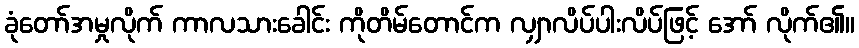
ခုံတော်အမှုလိုက် ကာလသားခေါင်း ကိုတိမ်တောင်က လျှာလိပ်ပါးလိပ်ဖြင့် အော် လိုက်၏။